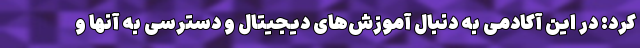
کرد: در این آکادمی به دنبال آموزش‌های دیجیتال و دسترسی به آنها و